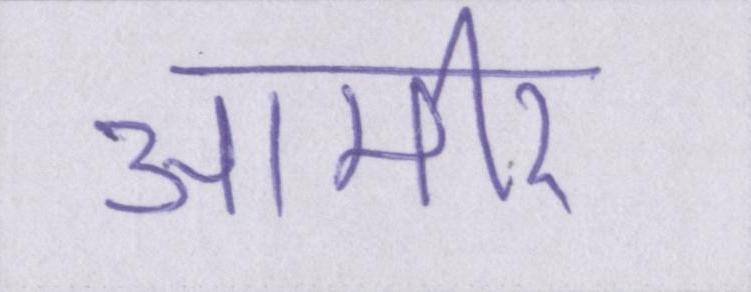
आमीर